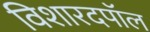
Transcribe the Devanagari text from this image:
विशारदपॉल